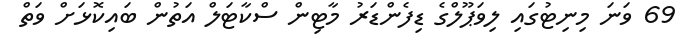
69 ވަނަ މިނިޓުގައި ލިވަޕޫލްގެ ޑިފެންޑަރު މާޓިން ސްކާޓަލް އަތުން ބައިކޮޅަށް ވަތް